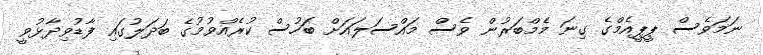
ނަމަވެސް ޕީޕީއެމްގެ ގިނަ މެމްބަރުން ވެސް މައްސަލައަށް ބަހުސް ކުރެއްވުމުގެ ބަދަލުގައި ފާޑުވިދާޅުވީ